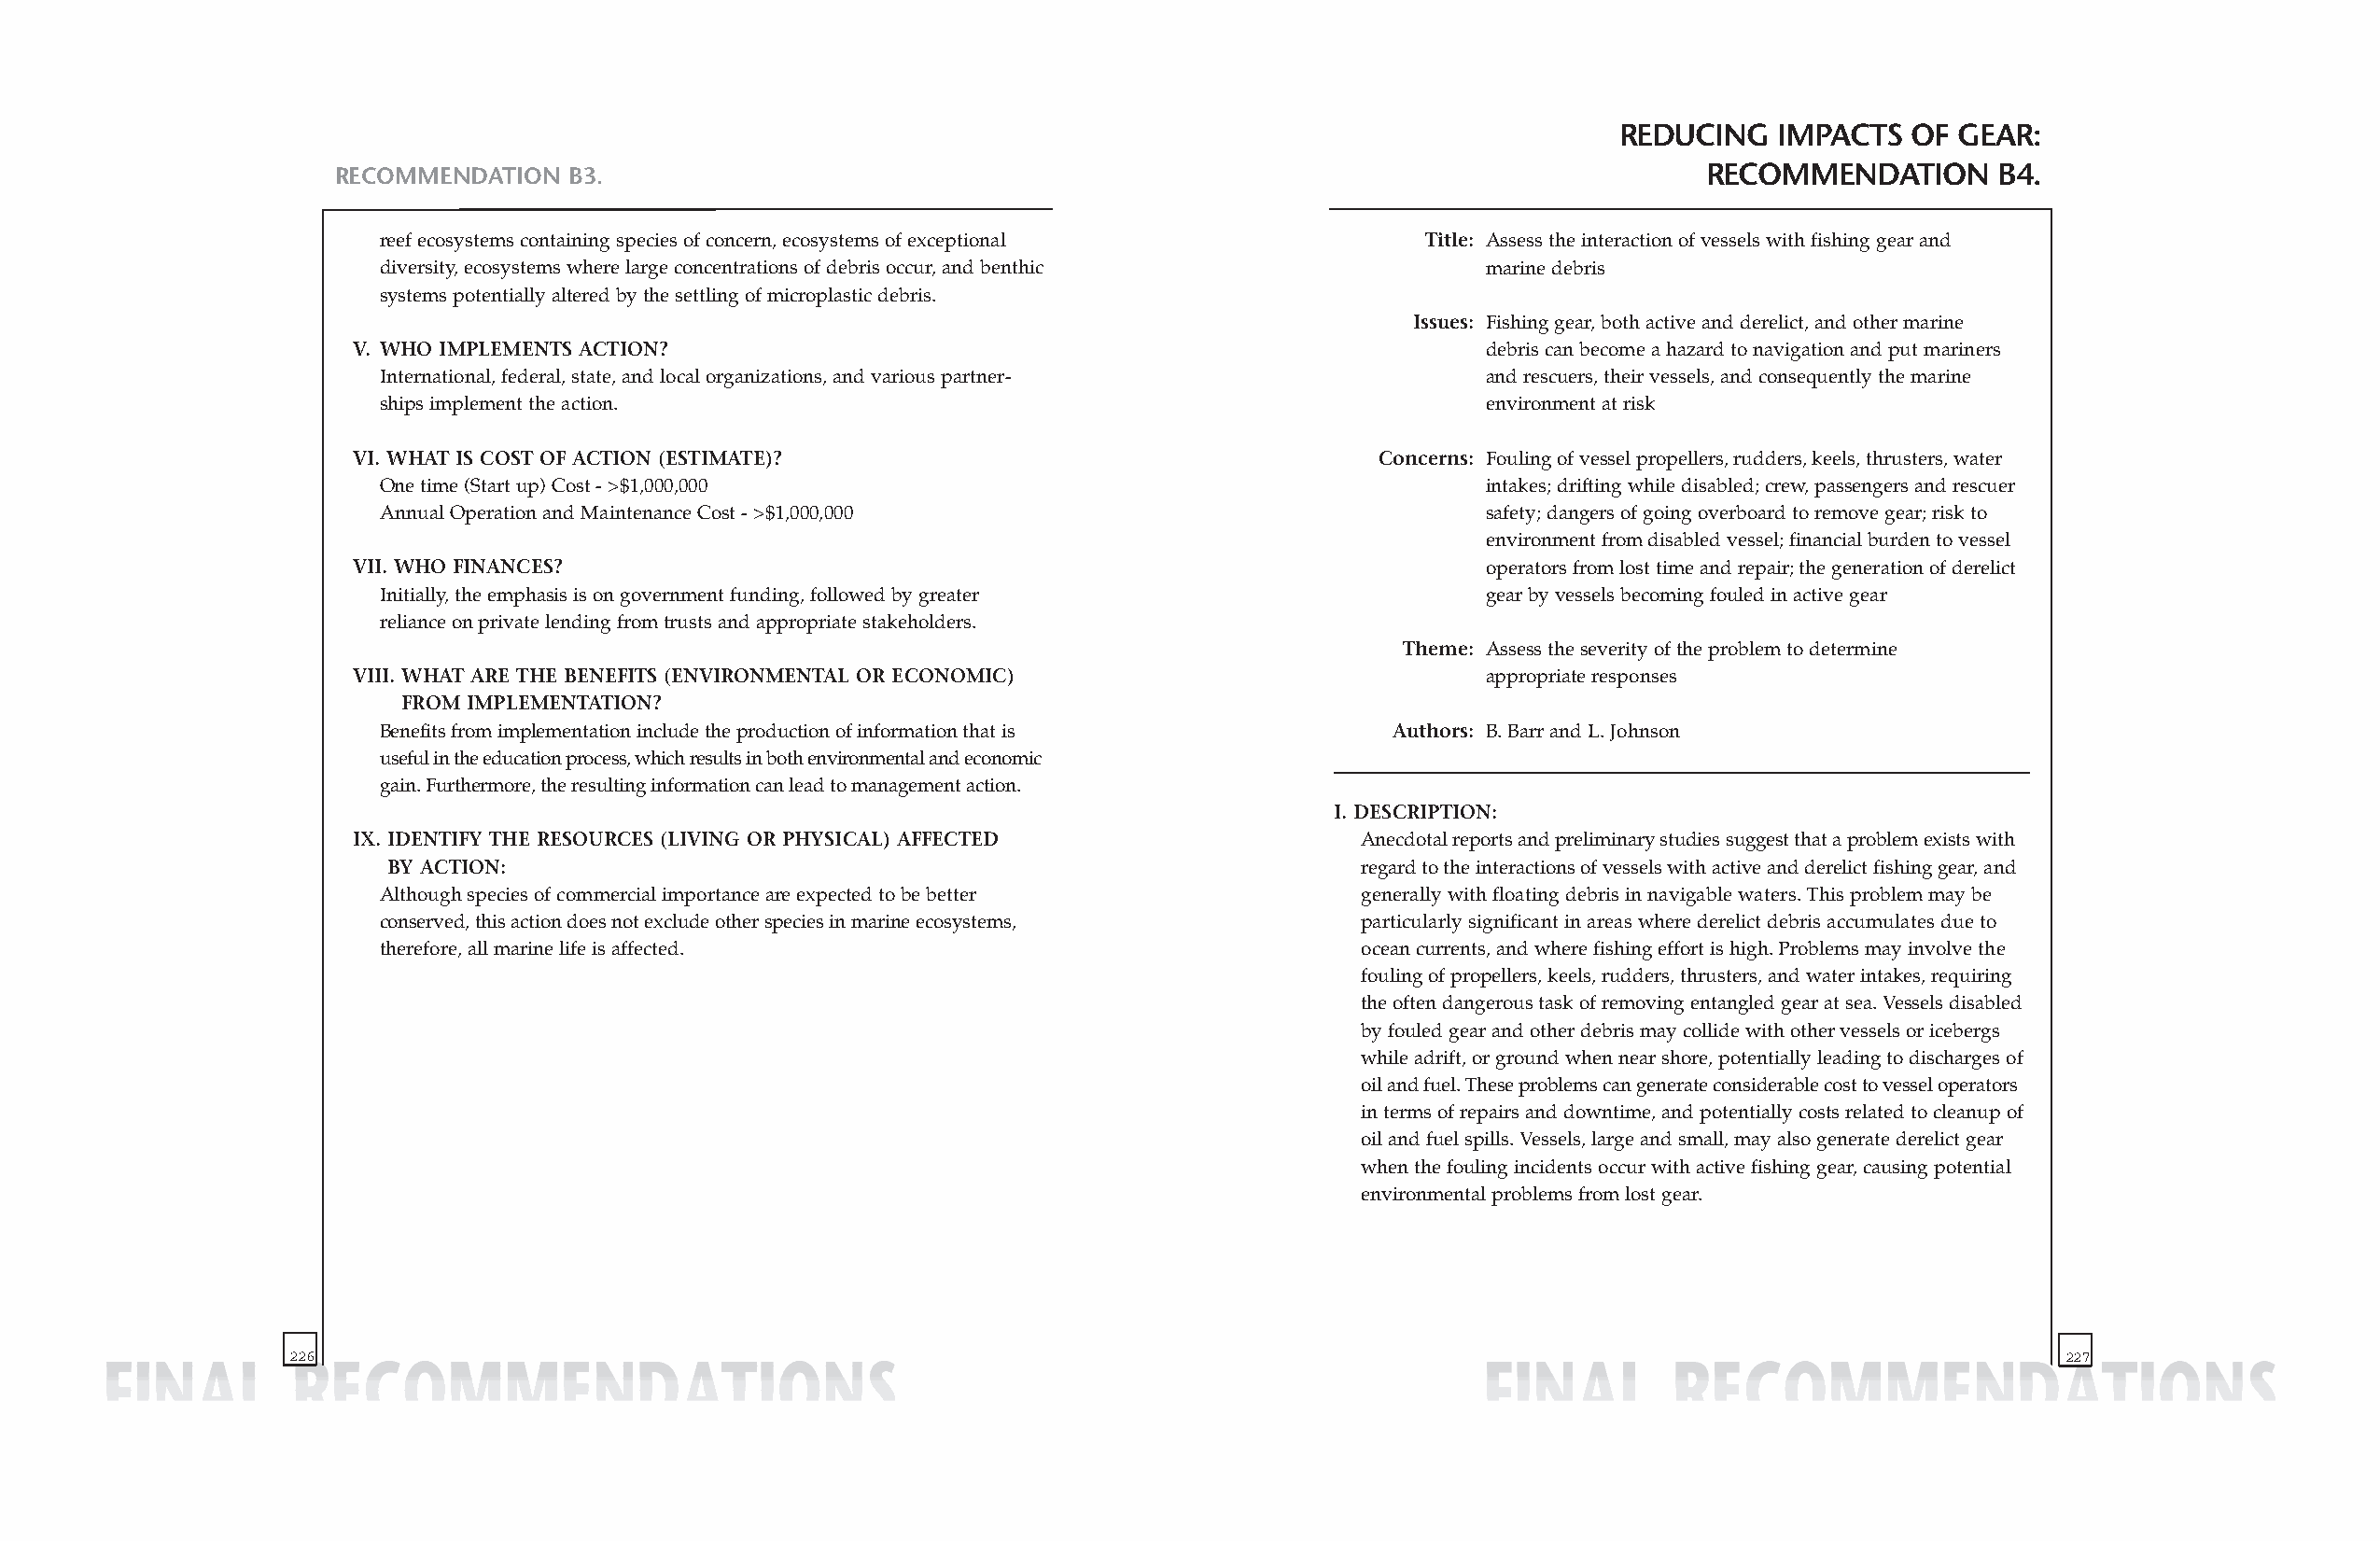
REDUCING   IMPACTS   OF GEAR:
 RECOMMENDATION  B3.                                                                              RECOMMENDATION       B4.
 reef ecosystems containing species of concern, ecosystems of exceptional  Title: Assess the interaction of vessels with fishing gear and
 diversity, ecosystems where large concentrations of debris occur, and benthic marine debris
 systems potentially altered by the settling of microplastic debris.
 Issues: Fishing gear, both active and derelict, and other marine
 V. WHO IMPLEMENTS ACTION?                                                       debris can become a hazard to navigation and put mariners
 International, federal, state, and local organizations, and various partner-  and rescuers, their vessels, and consequently the marine
 ships implement the action.                                                   environment at risk
 VI. WHAT IS COST OF ACTION (ESTIMATE)?                                   Concerns: Fouling of vessel propellers, rudders, keels, thrusters, water
 One time (Start up) Cost - >$1,000,000                                        intakes; drifting while disabled; crew, passengers and rescuer
 Annual Operation and Maintenance Cost - >$1,000,000                           safety; dangers of going overboard to remove gear; risk to
 environment from disabled vessel; financial burden to vessel
 VII. WHO FINANCES?                                                              operators from lost time and repair; the generation of derelict
 Initially, the emphasis is on government funding, followed by greater         gear by vessels becoming fouled in active gear
 reliance on private lending from trusts and appropriate stakeholders.
 Theme: Assess the severity of the problem to determine
 VIII. WHAT ARE THE BENEFITS (ENVIRONMENTAL OR ECONOMIC)                         appropriate responses
 FROM IMPLEMENTATION?
 Benefits from implementation include the production of information that is Authors: B. Barr and L. Johnson
 useful in the education process, which results in both environmental and economic
 gain. Furthermore, the resulting information can lead to management action.
 I. DESCRIPTION:
 IX. IDENTIFY THE RESOURCES (LIVING OR PHYSICAL) AFFECTED                Anecdotal reports and preliminary studies suggest that a problem exists with
 BY ACTION:                                                            regard to the interactions of vessels with active and derelict fishing gear, and
 Although species of commercial importance are expected to be better   generally with floating debris in navigable waters. This problem may be
 conserved, this action does not exclude other species in marine ecosystems, particularly significant in areas where derelict debris accumulates due to
 therefore, all marine life is affected.                               ocean currents, and where fishing effort is high. Problems may involve the
 fouling of propellers, keels, rudders, thrusters, and water intakes, requiring
 the often dangerous task of removing entangled gear at sea. Vessels disabled
 by fouled gear and other debris may collide with other vessels or icebergs
 while adrift, or ground when near shore, potentially leading to discharges of
 oil and fuel. These problems can generate considerable cost to vessel operators
 in terms of repairs and downtime, and potentially costs related to cleanup of
 oil and fuel spills. Vessels, large and small, may also generate derelict gear
 when the fouling incidents occur with active fishing gear, causing potential
 environmental problems from lost gear.
 226                                                                                                                           227